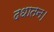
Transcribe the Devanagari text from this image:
दधातन।